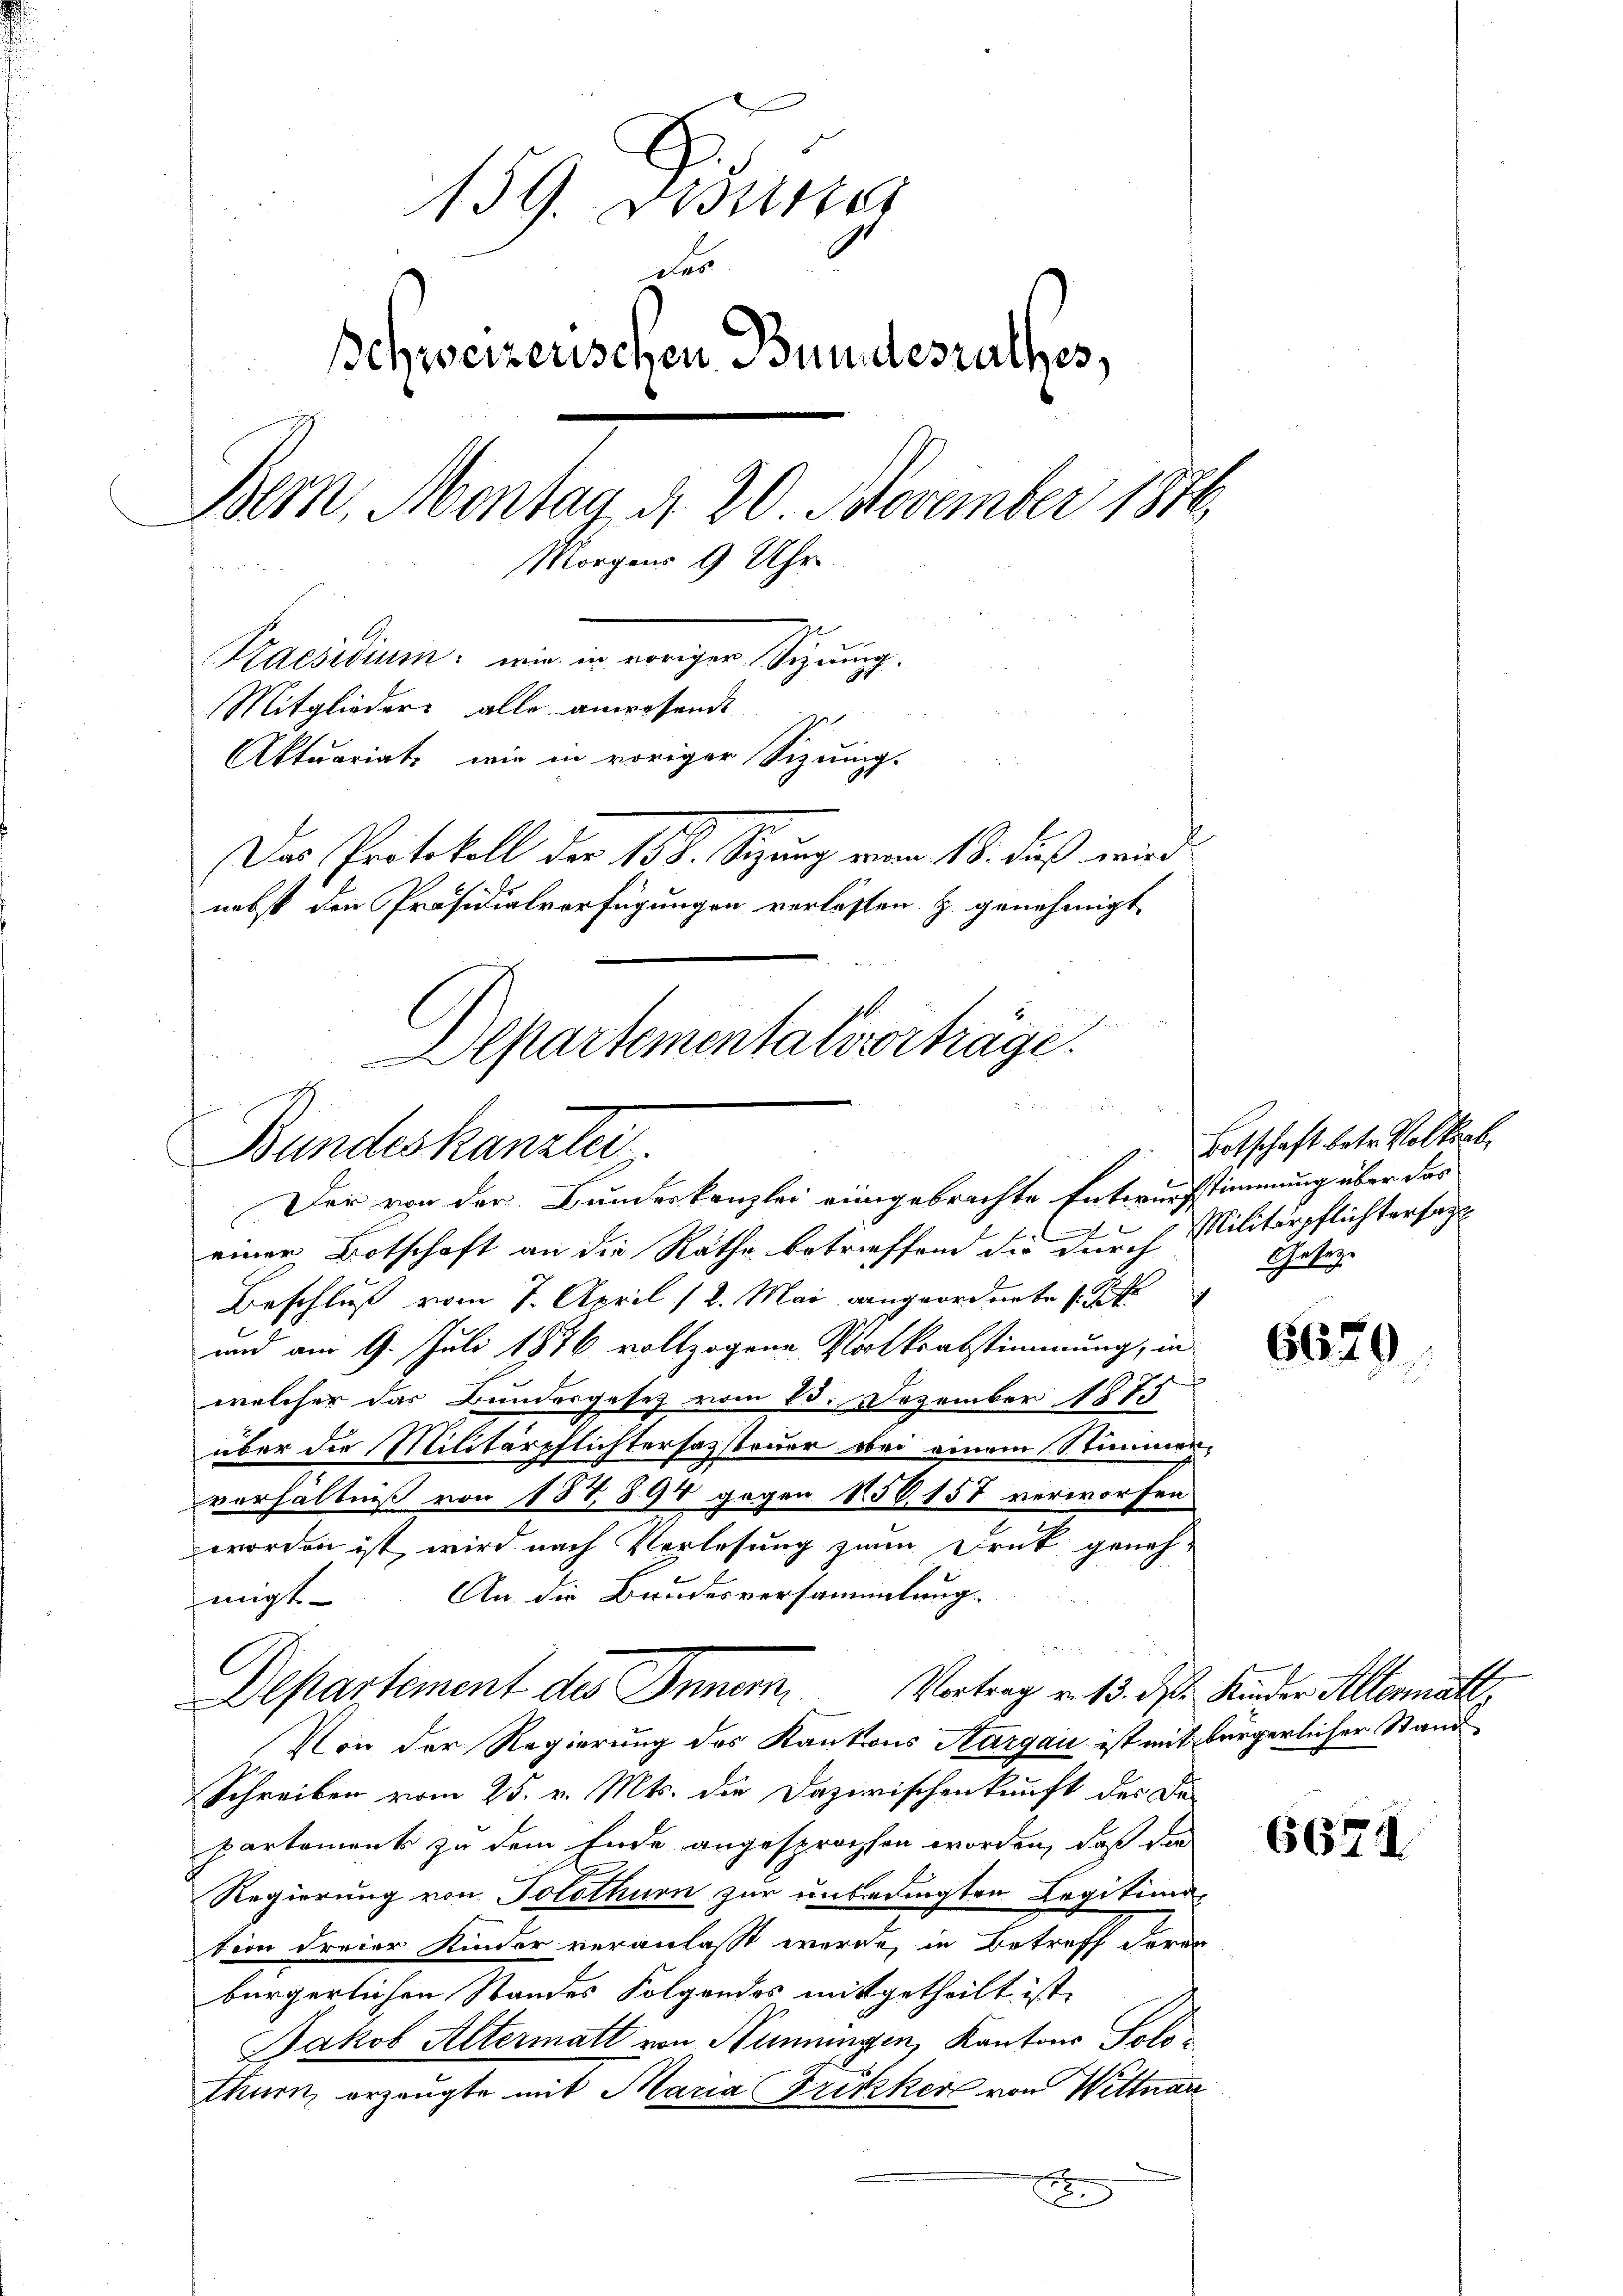
159. Desser
der
Schweizerischen Bundesrathes,
Bern, Montag d. 20. November 1876
Morgens 9 Uhr
2 x
Praesidium wir in voriger Signung.
Mitglieders alle anwesende
Aktuariats, wie in voriger Sizung.
Das Protokoll der 158. Sitzung vom 18. daß wird
nebst den Präsidialverfügungen verlassen. Z. genehmigt
 0 x
Departementalsvorträge.
n

Bundeskanzlei

Der von der Bundeskanzlei eingebrachte Entwurfstimmung über das
n
l
einer Botschaft an die Räthe betreffend die durch Militärpflichtersagt
Beschluß vom 7. April 12. Mai angeordnete s. St
und am 9. Juli 1876 vollzogene Wortkrabstimmung, in
welcher das Bundesgesetz vom 23. Dezember 187
über die Militärpflichterfassteuer bei einem Stimmenverhältniß von 1578. 94 gegen 156. 157 verworfen
worden ist, wird nach Verlesung zum Druck geneh-
An die Bundesversammlung
migt
Von der Regierung des Kantons Aargau ist mit bürgerlicher Stand
Schreiben vom 25. v. Mts. die Dazirischenkunft des De-
partement zu dem Ende angesprochen worden, daß der
Regierung von Solothurn zur unbedingten Legitima-
tion dreier Kinder veranlaßt werde, in Betreff deren
bürgerlichen Standes Folgendes mitgetheilt ist,
Jakob Altermatt von Hunningen, Kantons Solothurn, erzeugte mit Maria Fricker von Wittuar
x

Departement des Innern, Vortrag v. 13. des Kinder Allermatt.

Botschaft betr. Volksab
Geseze

6670.

6621